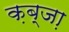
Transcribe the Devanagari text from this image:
क़ब्जा़